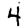
Digit: 4